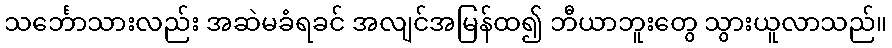
သင်္ဘောသားလည်း အဆဲမခံရခင် အလျင်အမြန်ထ၍ ဘီယာဘူးတွေ သွားယူလာသည်။